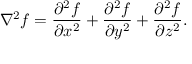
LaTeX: \nabla ^ { 2 } f = { \frac { \partial ^ { 2 } f } { \partial x ^ { 2 } } } + { \frac { \partial ^ { 2 } f } { \partial y ^ { 2 } } } + { \frac { \partial ^ { 2 } f } { \partial z ^ { 2 } } } .